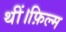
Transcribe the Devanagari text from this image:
थीं।फ़िल्म